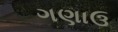
ગણાઉ